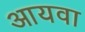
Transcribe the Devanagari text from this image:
आयवा